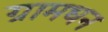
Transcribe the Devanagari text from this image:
ग्रामधन